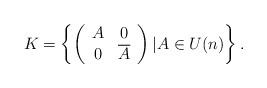
LaTeX: \begin{align*} K=\left\{\left( \begin{array}{cc} A & 0 \\ 0 & \overline{A} \\ \end{array} \right)|A\in U(n) \right\}.\end{align*}